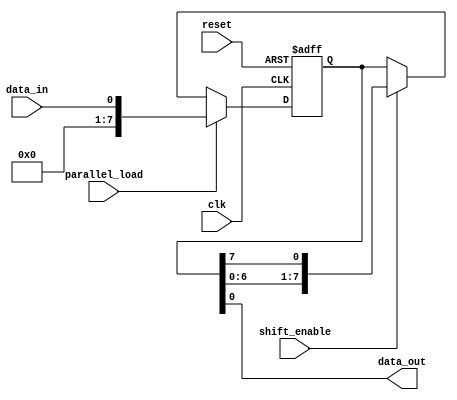
module piso_shift_register (
    input wire clk,
    input wire reset,
    input wire parallel_load,
    input wire shift_enable,
    input wire data_in,
    output reg data_out
);

reg [7:0] shift_reg;

always @(posedge clk or posedge reset) begin
    if (reset) begin
        shift_reg <= 8'b0;
    end else begin
        if (parallel_load) begin
            shift_reg <= data_in;
        end else if (shift_enable) begin
            shift_reg <= {shift_reg[6:0], shift_reg[7]};
        end
    end
end

assign data_out = shift_reg[0];

endmodule